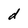
Character: d